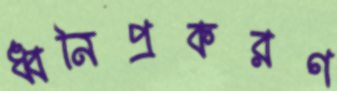
ধ্বনিপ্রকরণ